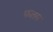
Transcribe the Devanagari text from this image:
फलम